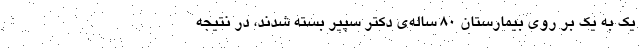
یک به یک بر روی بیمارستان ۸۰ ساله‌ی دکتر سپیر بسته شدند، در نتیجه